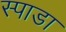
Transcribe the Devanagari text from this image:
स्पाडा